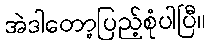
အဲဒါတော့ပြည့်စုံပါပြီ။